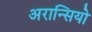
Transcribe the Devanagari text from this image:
अरान्सियो